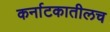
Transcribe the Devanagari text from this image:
कर्नाटकातीलच